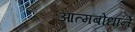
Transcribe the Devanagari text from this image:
आत्मबोधाने